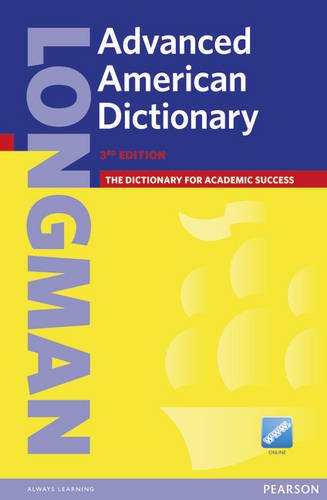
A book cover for Longman Advanced American Dictionary; PEARSON; Reference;